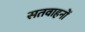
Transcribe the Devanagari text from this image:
सतवाहनों